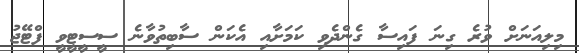
މިލިއަނަށް ވުރެ ގިނަ ފައިސާ ގެންދެވި ކަމަށާއި އެކަން ސާބިތުވާނެ ސީސީޓީވީ ފްޓޭޖު